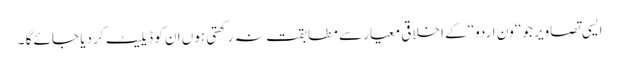
ایسی تصاویر جو ‘‘ون اردو‘‘کے اخلاقی معیار سے مطابقت نہ رکھتی ہوں ان کو ڈیلیٹ کر دیا جائے گا ۔